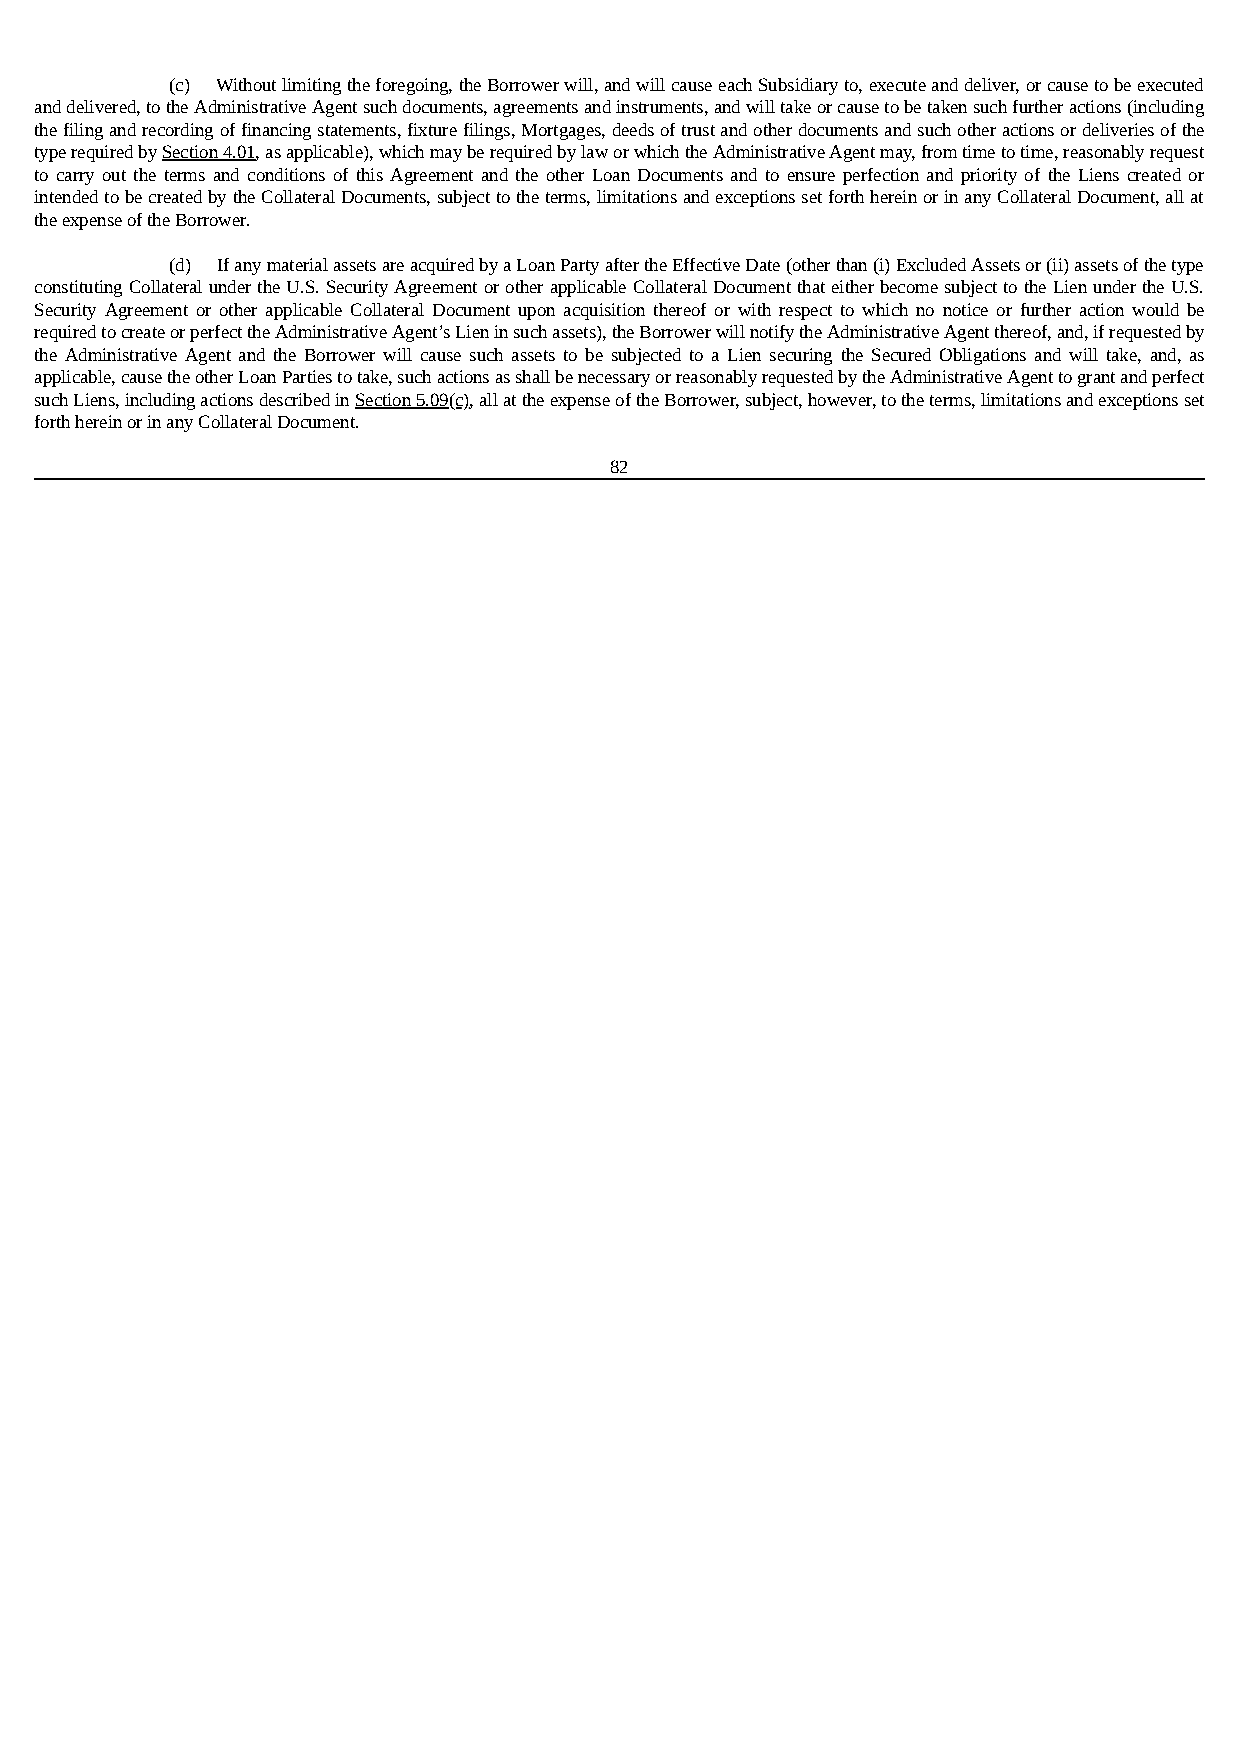
(c) Without limiting the foregoing, the Borrower will, and will cause each Subsidiary to, execute and deliver, or cause to be executed
 and delivered, to the Administrative Agent such documents, agreements and instruments, and will take or cause to be taken such further actions (including
 the filing and recording of financing statements, fixture filings, Mortgages, deeds of trust and other documents and such other actions or deliveries of the
 type required by Section 4.01, as applicable), which may be required by law or which the Administrative Agent may, from time to time, reasonably request
 to carry out the terms and conditions of this Agreement and the other Loan Documents and to ensure perfection and priority of the Liens created or
 intended to be created by the Collateral Documents, subject to the terms, limitations and exceptions set forth herein or in any Collateral Document, all at
 the expense of the Borrower.
 (d) If any material assets are acquired by a Loan Party after the Effective Date (other than (i) Excluded Assets or (ii) assets of the type
 constituting Collateral under the U.S. Security Agreement or other applicable Collateral Document that either become subject to the Lien under the U.S.
 Security Agreement or other applicable Collateral Document upon acquisition thereof or with respect to which no notice or further action would be
 required to create or perfect the Administrative Agent’s Lien in such assets), the Borrower will notify the Administrative Agent thereof, and, if requested by
 the Administrative Agent and the Borrower will cause such assets to be subjected to a Lien securing the Secured Obligations and will take, and, as
 applicable, cause the other Loan Parties to take, such actions as shall be necessary or reasonably requested by the Administrative Agent to grant and perfect
 such Liens, including actions described in Section 5.09(c), all at the expense of the Borrower, subject, however, to the terms, limitations and exceptions set
 forth herein or in any Collateral Document.
 82